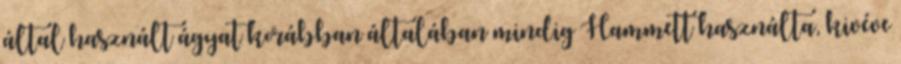
által használt ágyat korábban általában mindig Hammett használta, kivéve